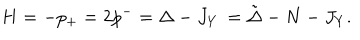
LaTeX: H = - p _ { + } = 2 p ^ { - } = \Delta - J _ { Y } \, = { \tilde { \Delta } } - N - J _ { Y } .